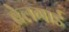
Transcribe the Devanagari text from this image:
बेलगार्ड